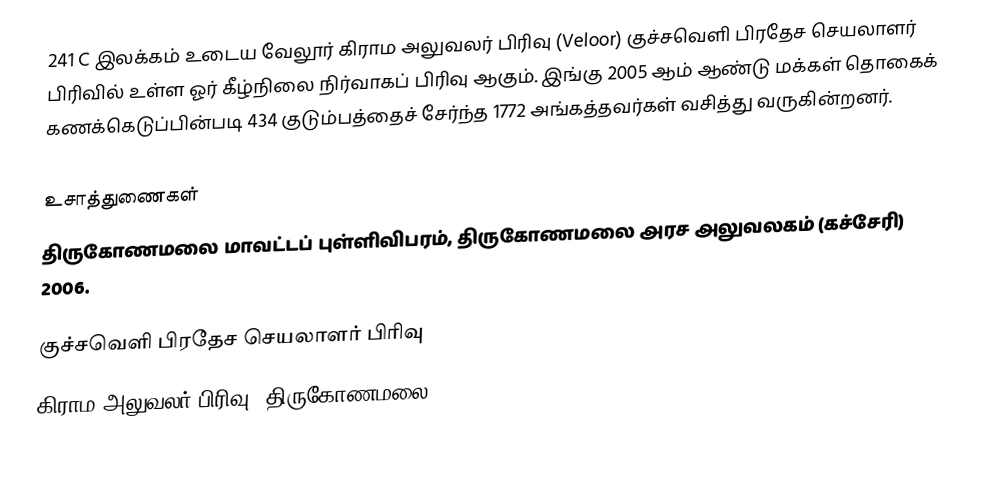
241 C இலக்கம்  உடைய வேலூர் கிராம அலுவலர் பிரிவு (Veloor) குச்சவெளி பிரதேச செயலாளர் பிரிவில் உள்ள ஓர் கீழ்நிலை நிர்வாகப் பிரிவு ஆகும். இங்கு 2005 ஆம் ஆண்டு மக்கள் தொகைக் கணக்கெடுப்பின்படி 434 குடும்பத்தைச் சேர்ந்த 1772 அங்கத்தவர்கள் வசித்து வருகின்றனர்.

உசாத்துணைகள்
திருகோணமலை மாவட்டப் புள்ளிவிபரம்,  திருகோணமலை அரச அலுவலகம் (கச்சேரி) 2006.

குச்சவெளி பிரதேச செயலாளர் பிரிவு
கிராம அலுவலர் பிரிவு (திருகோணமலை)